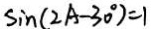
\sin ( 2 A - 3 0 ^ { \circ } ) = 1